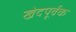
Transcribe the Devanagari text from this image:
खेदपूर्वक